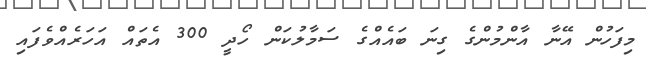
މިފަހުން އޭނާ އާންމުންގެ ގިނަ ބައެއްގެ ސަމާލުކަން ހޯދީ 300 އެތައް އަހަރެއްވެފައި